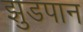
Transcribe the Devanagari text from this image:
झुडपान